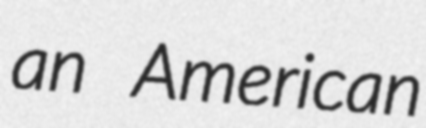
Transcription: an American